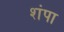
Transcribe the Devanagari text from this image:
शंपा